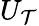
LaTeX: U_{\mathcal{T}}